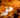
حتى